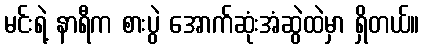
မင်းရဲ့ နာရီက စားပွဲ အောက်ဆုံးအံဆွဲထဲမှာ ရှိတယ်။